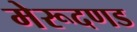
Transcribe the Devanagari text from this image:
मेरूदणड